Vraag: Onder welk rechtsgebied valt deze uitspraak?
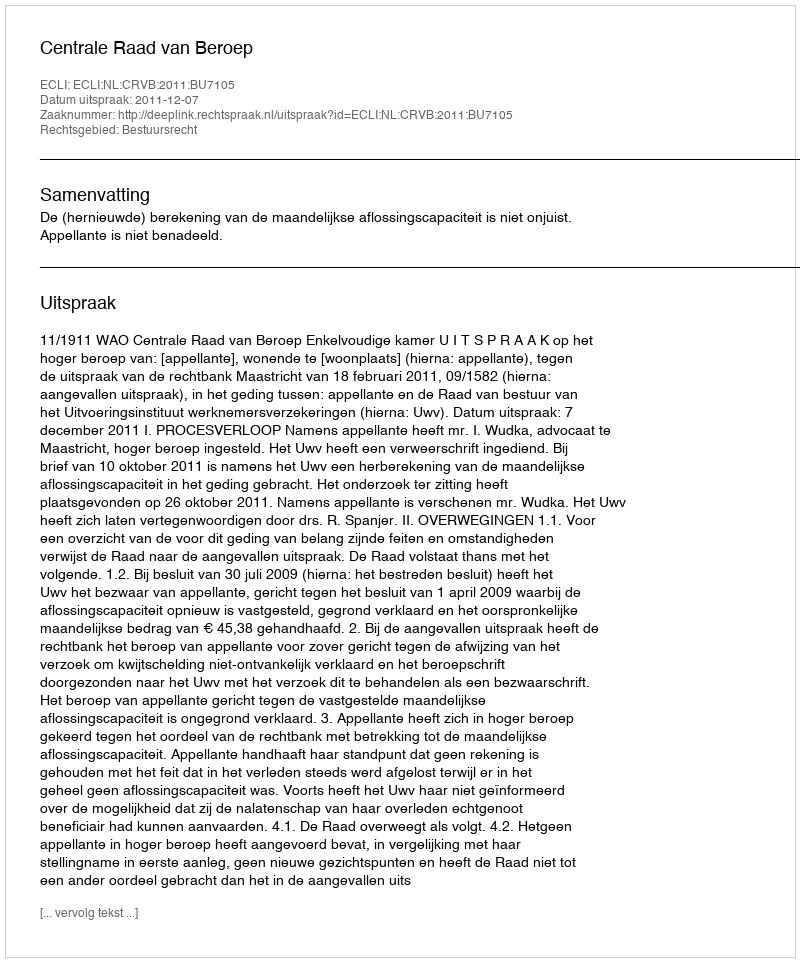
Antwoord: Bestuursrecht